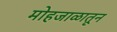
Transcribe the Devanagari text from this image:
मोहजाळातून